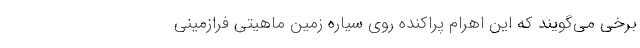
برخی می‌گویند که این اهرام پراکنده روی سیاره زمین ماهیتی فرازمینی